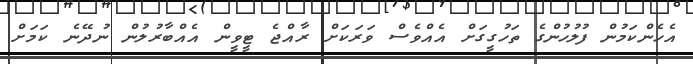
އެހެންކަމުން ފުލުހުންގެ ތަހުގީގަށް އެއްވެސް ވަރަކަށް ރާއްޖެ ޓީވީން އެއްބާރުލުން ނުދޭނެ ކަމަށް